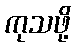
ကုသဖို့